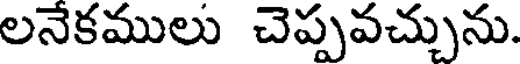
లనేకములు చెప్పవచ్చును.